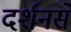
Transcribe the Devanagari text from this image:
दर्शनसे